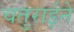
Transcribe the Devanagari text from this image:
चतुराईने